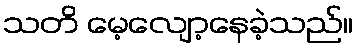
သတိ မေ့လျော့နေခဲ့သည်။